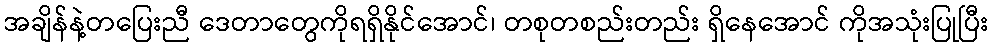
အချိန်နဲ့တပြေးညီ ဒေတာတွေကိုရရှိနိုင်အောင်၊ တစုတစည်းတည်း ရှိနေအောင် ကိုအသုံးပြုပြီး